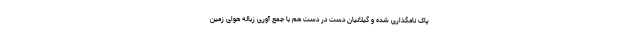
پاک نامگذاری شده و گیلانیان دست در دست هم با جمع آوری زباله هوای زمین